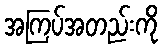
အကြပ်အတည်းကို